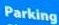
Parking